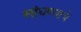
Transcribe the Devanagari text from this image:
सांधण्याचे